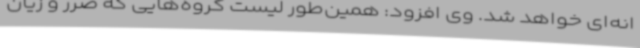
انه‌ای خواهد شد. وی افزود: همین‌طور لیست گروه‌هایی که ضرر و زیان